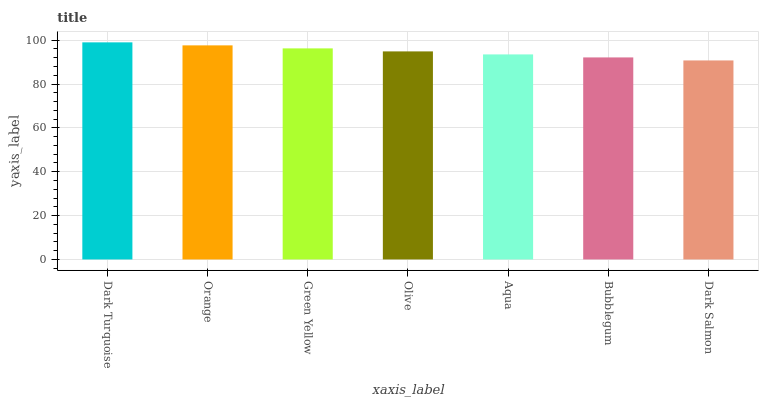
| xaxis_label | bars |
 | --- | --- |
 | Dark Turquoise | 99 |
 | Orange | 97.6 |
 | Green Yellow | 96.3 |
 | Olive | 94.9 |
 | Aqua | 93.5 |
 | Bubblegum | 92.1 |
 | Dark Salmon | 90.8 |